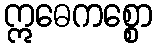
ဣဓေကစ္စော